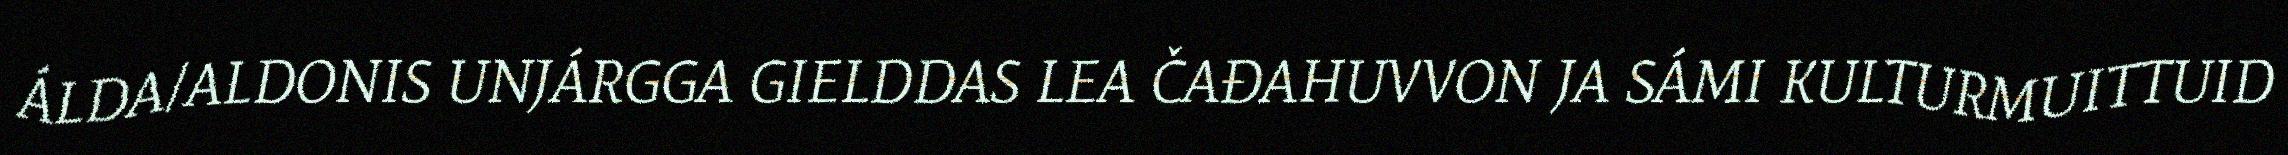
ÁLDA/ALDONIS UNJÁRGGA GIELDDAS LEA ČAĐAHUVVON JA SÁMI KULTURMUITTUID